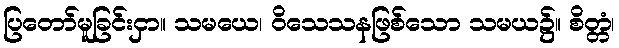
ပြတော်မူခြင်းငှာ။ သမယေ၊ ဝိသေသနဖြစ်သော သမယ၌။ စိတ္တံ၊